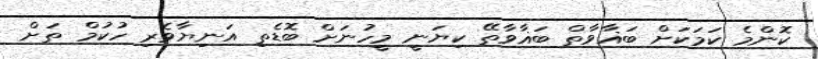
ކޮންމެ ކަމަކަށް ބަޣާވާތް ބަޣާވާތޭ ކިޔަނީ މީހުނަށް ބޮޑެތި އަނިޔާވެރި ހުކުމް ތަށް